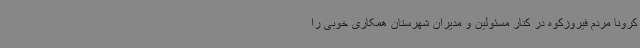
کرونا مردم فیروزکوه در کنار مسئولین و مدیران شهرستان همکاری خوبی را